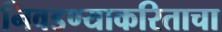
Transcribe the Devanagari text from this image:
निवडण्याकरिताचा